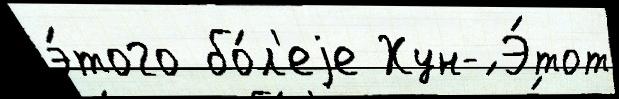
э́того бо́л'еjе Хун-́ Э́тот